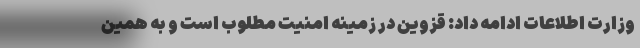
وزارت اطلاعات ادامه داد: قزوین در زمینه امنیت مطلوب است و به همین